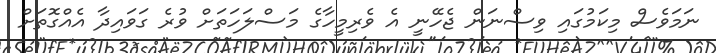
ނަމަވެސް މިކަމުގައި ވިސްނަން ޖެހޭނީ އެ ވެރިމީހާގެ މަސްލަހަތަށް ވުރެ ގަވައިދާ އެއްގޮތަށް